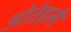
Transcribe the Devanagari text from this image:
ओतेइली